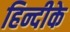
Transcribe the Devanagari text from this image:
हिन्दीके